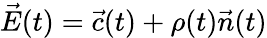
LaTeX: {\vec{E}}(t)={\vec{c}}(t)+\rho(t){\vec{n}}(t)